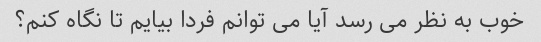
خوب به نظر می رسد آیا می توانم فردا بیایم تا نگاه کنم؟